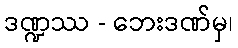
ဒဏ္ဍဿ - ဘေးဒဏ်မှ၊